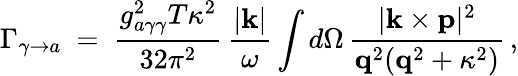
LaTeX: \Gamma_{\gamma\to a}\ =\ \frac{g_{a\gamma\gamma}^{2}T\kappa^{2}}{32\pi^{2}}\, \frac{|{\mathbf k}|}{\omega}\int d\Omega\, \frac{|{\mathbf k}\times{\mathbf p}|^{2}}{{\mathbf q}^{2}({\mathbf q}^{2}+\kappa^{2})}\, ,